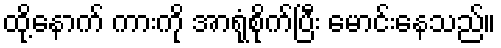
ထို့နောက် ကားကို အာရုံစိုက်ပြီး မောင်းနေသည်။